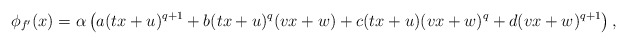
\begin{align*}\phi_{f'}(x) = \alpha \left( a (tx+u)^{q+1} + b (tx+u)^q (vx+w) + c(tx+u) (vx+w)^q + d (vx+w)^{q+1} \right),\end{align*}